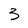
Character: 3